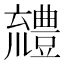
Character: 𧰖